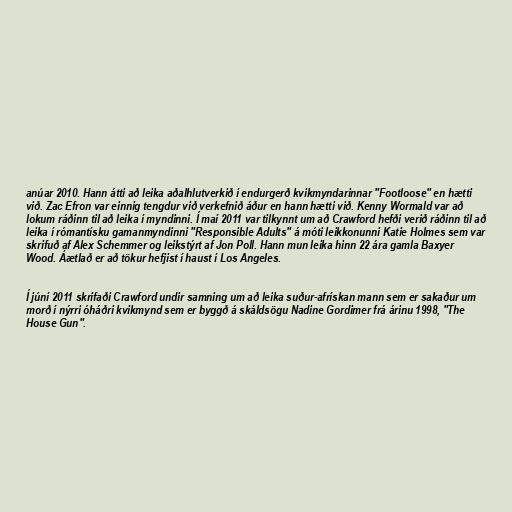
anúar 2010. Hann átti að leika aðalhlutverkið í endurgerð kvikmyndarinnar "Footloose" en hætti
við. Zac Efron var einnig tengdur við verkefnið áður en hann hætti við. Kenny Wormald var að
lokum ráðinn til að leika í myndinni. Í maí 2011 var tilkynnt um að Crawford hefði verið ráðinn til að
leika í rómantísku gamanmyndinni "Responsible Adults" á móti leikkonunni Katie Holmes sem var
skrifuð af Alex Schemmer og leikstýrt af Jon Poll. Hann mun leika hinn 22 ára gamla Baxyer
Wood. Áætlað er að tökur hefjist í haust í Los Angeles.

Í júní 2011 skrifaði Crawford undir samning um að leika suður-afrískan mann sem er sakaður um
morð í nýrri óháðri kvikmynd sem er byggð á skáldsögu Nadine Gordimer frá árinu 1998, "The
House Gun".